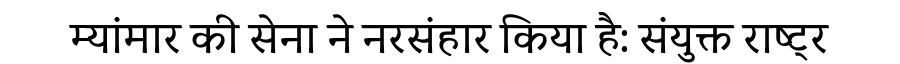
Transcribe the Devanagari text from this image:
म्यांमार की सेना ने नरसंहार किया है: संयुक्त राष्ट्र